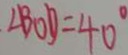
\angle B O D = 4 0 ^ { \circ }